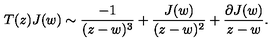
T ( z ) J ( w ) \sim \frac { - 1 } { ( z - w ) ^ { 3 } } + \frac { J ( w ) } { ( z - w ) ^ { 2 } } + \frac { \partial J ( w ) } { z - w } .